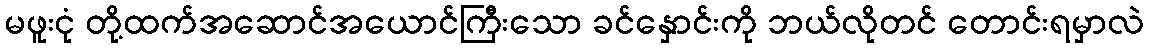
မဖူးငုံ တို့ထက်အဆောင်အယောင်ကြီးသော ခင်နှောင်းကို ဘယ်လိုတင် တောင်းရမှာလဲ